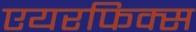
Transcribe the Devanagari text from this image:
एयरफिक्स